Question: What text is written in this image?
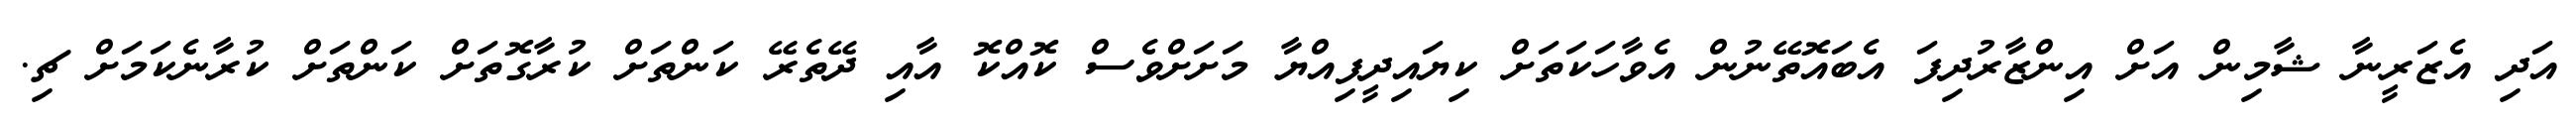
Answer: އަދި އެޒަރީނާ ޝާމިން އަށް އިންޒާރުދިފަ އެބައޮތޭނުން އެވާހަކަތަށް ކިޔައިދީފިއްޔާ މަށަށްވެސް ކޮއްކޮ އާއި ދޭތެރޭ ކަންތަށް ކުރާގޮތަށް ކަންތަށް ކުރާނެކަމަށް ޗި.